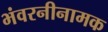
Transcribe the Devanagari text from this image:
भंवरनीनामक